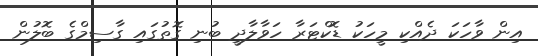
އިން ވާހަކަ ދެއްކި މީހަކު ޑޮކްޓަރާ ހަވާލާދީ ބުނި ގޮތުގައި ގާސިމްގެ ބޮލުން